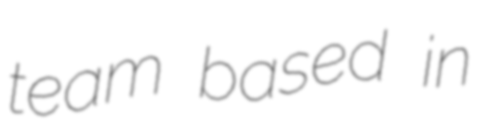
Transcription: team based in